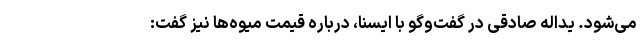
می‌شود. یداله صادقی در گفت‌وگو با ایسنا، درباره قیمت میوه‌ها نیز گفت: